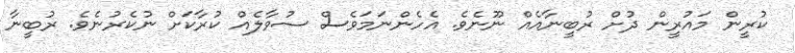
ކުރީން މައުރީން ދުށް ރުބީނާއެއް ނޫނެވެ. އެހެންނަމަވެސް ސުވާލެއް ކުރާކަށް ނުކެރުނެވެ. ރުބީނާ